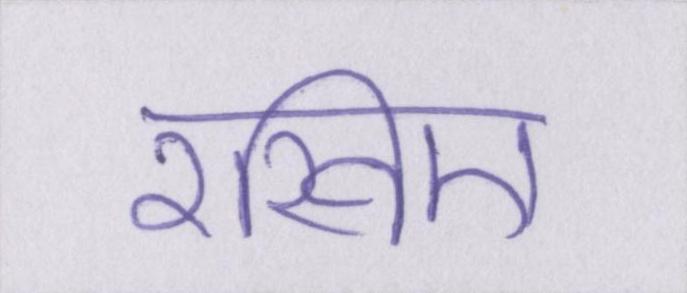
रखिए